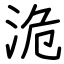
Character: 洈